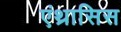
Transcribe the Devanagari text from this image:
एंथ्रासिस